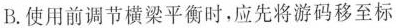
B. 使用前调节横梁平衡时，应先将游码移至标